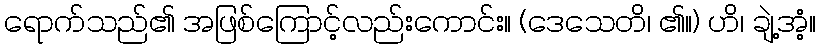
ရောက်သည်၏ အဖြစ်ကြောင့်လည်းကောင်း။ (ဒေသေတိ၊ ၏။) ဟိ၊ ချဲ့အံ့။